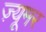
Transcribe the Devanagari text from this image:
ज़्यूमर